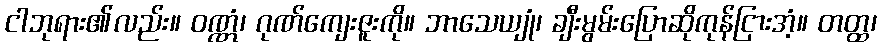
ငါဘုရား၏လည်း။ ဝဏ္ဏံ၊ ဂုဏ်ကျေးဇူးကို။ ဘာသေယျုံ၊ ချီးမွမ်းပြောဆိုကုန်ငြားအံ့။ တတ္ထ၊